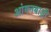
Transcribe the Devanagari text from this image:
आंगनबाड़़ी